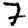
Digit: 7